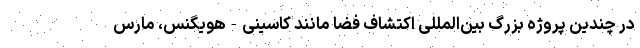
در چندین پروژه بزرگ بین‌المللی اکتشاف فضا مانند کاسینی-هویگنس، مارس